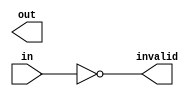
module encoder #(
  parameter BITS = 1
  )(
  input [BITS-1:0]          in,
  output                    invalid,
  output [$clog2(BITS)-1:0] out);

  assign invalid = ~|in;

  /*verilator lint_off WIDTH*/
  wire [(BITS>>1)-1:0] encode_bits [$clog2(BITS)-1:0];
  genvar i;
  genvar k;
  generate
    for (i = 0; i < BITS; i=i+1) begin : enc_outer
      genvar j;
      for (j = 0; j < $clog2(BITS); j=j+1) begin : enc_inner
        localparam k = ((i >> (j+1)) << j) | (i & ((1 << j)-1));
        if ((i >> j) & 1) 
          assign encode_bits[j][k] = in[i];
      end
    end
    for (i = 0; i < $clog2(BITS); i=i+1) begin : enc_assign
      assign out[i] = |encode_bits[i];
    end
  endgenerate
  /*verilator lint_on WIDTH*/

endmodule